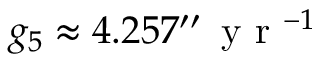
g _ { 5 } \approx 4 . 2 5 7 ^ { \prime \prime } \, { \textrm { y r } } ^ { - 1 }